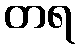
တရ